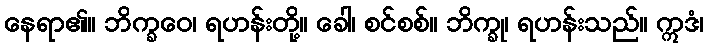
နေရာ၏။ ဘိက္ခဝေ၊ ရဟန်းတို့။ ခေါ၊ စင်စစ်။ ဘိက္ခု၊ ရဟန်းသည်။ ဣဒံ၊